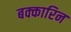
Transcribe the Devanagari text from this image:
बक्कारिन